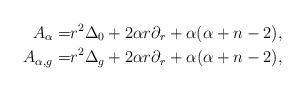
LaTeX: \begin{align*} A_\alpha=&r^2\Delta_0+2\alpha r\partial_r+\alpha(\alpha+n-2),\\ A_{\alpha,g}=&r^2\Delta_g+2\alpha r\partial_r+\alpha(\alpha+n-2),\end{align*}